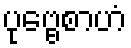
ပုဗ္ဗေစာဟံ